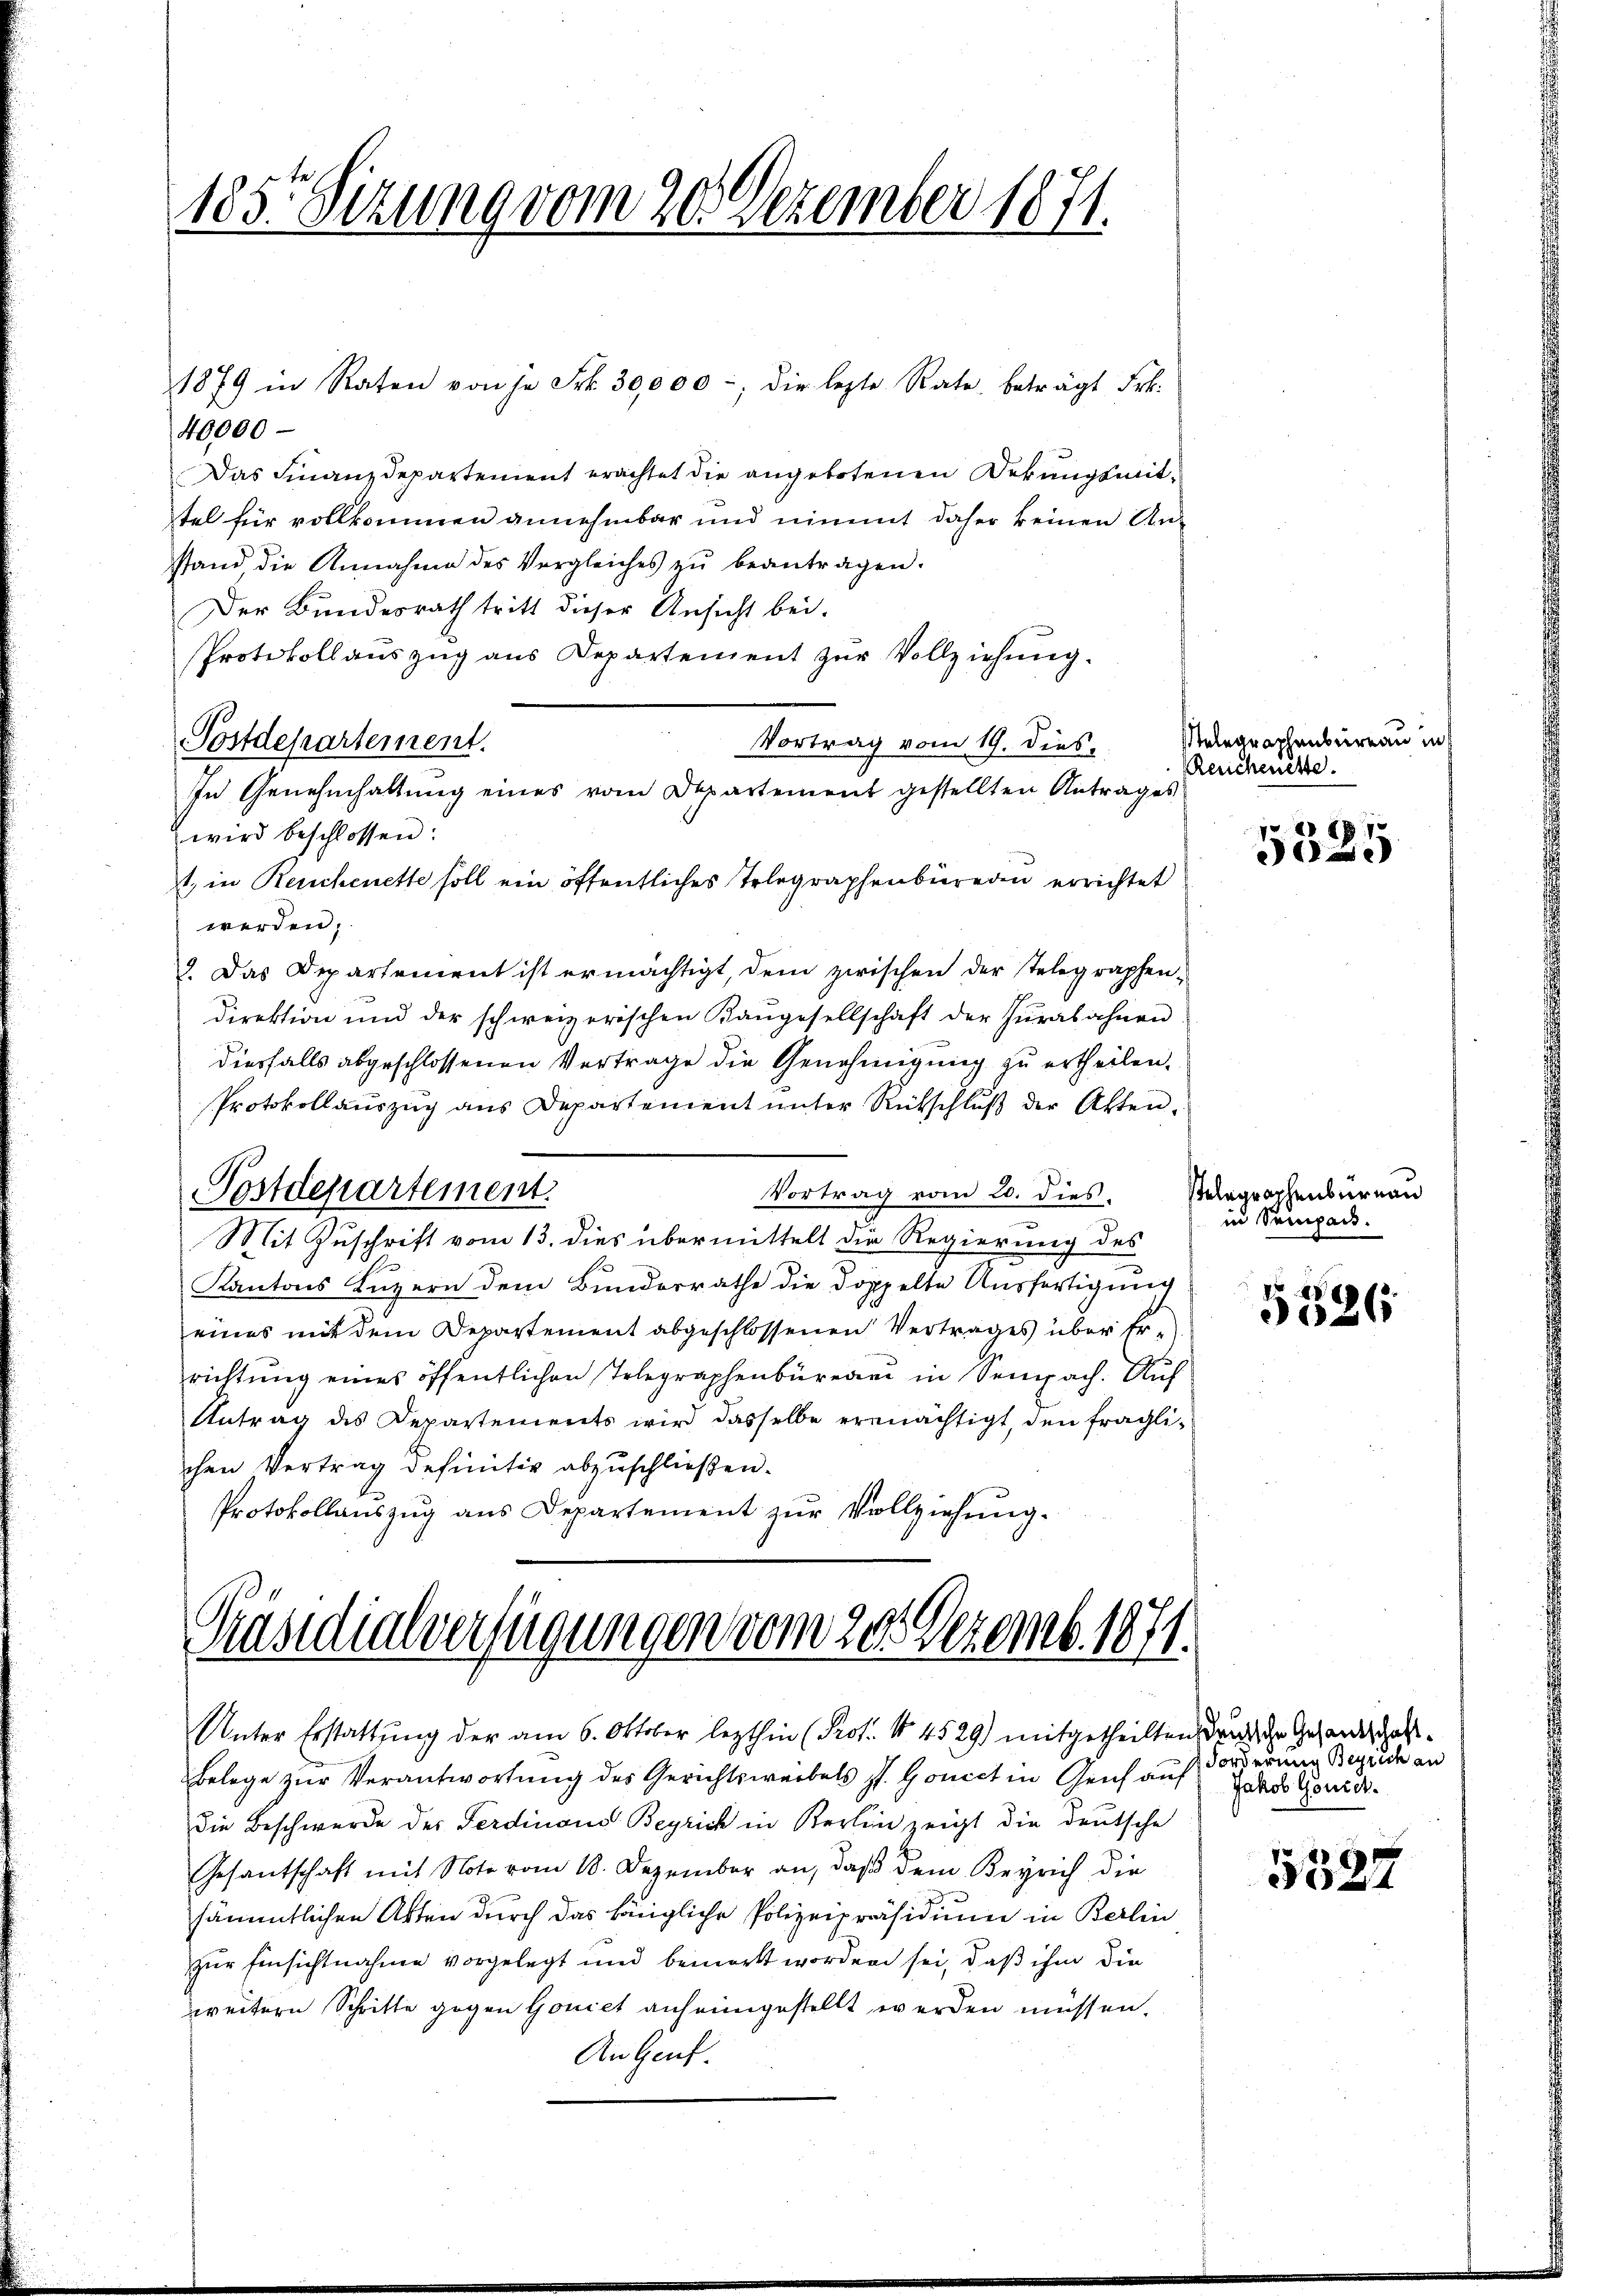
185. Sizung vom 20. Dezember 1871.

1879 in Raten von je Frk. 30,000, die letzte Rate beträgt Frk.
40000
Das Finanzdepartement erachtet die angebotenen Bekangsmittel für vollkommen annehmbar und nimmt daher keinen Anstand die Annahme des Vergleiches zŭ beantragen.
Der Bundesrath tritt dieser Ansicht bei.
Protokollauszug aus Departement zur Vollziehung.
Postdepartement.
Vortrag vom 19. dies
In Genehmhaltung eines vom Departement gestellten Antrages
wird beschlossen:
1, in Reichenette soll ein öffentliches Telegraphenbureau errichtet
werden;
3. Das Departement ist ermächtigt, dem zwischen der Telegraphen-
direktion und der schweizerischen Kangesellschaft der Zŭrasahnen
diesfalls abgeschlossenen Vertrage die Genehmigung zu ertheilen.
Protokollauszug aus Departement unter Rückschluß der Akten.
Vortrag vom 20. dies
Postdepartement.
Mit Zuschrift vom 13. dies übermittelt die Regierung des
Kantons Luzern dem Bunderrathe die doppelte Ausfertigung
eines mit dem Departement abgeschlossenen Vertrages über Errichtung eines öffentlichen Telegraphenbüreau in Sempach. Auf
Antrag des Departements wird dasselbe ermächtigt, den fraglichen Vertrag definitiv abzuschließen.
Protokollauszug aus Departement zŭr Vollziehung.

Präsidialverfügungen vom 20. Dezemb. 1871.

Unter Erstattung der am 6. Oktober lezthin (Prof. No 4529) mitgetheilten wach in Gesandtschafts¬
Belege zur Verantwortung des Gerichtsweibels s. Gonict in Genf auf dass Gond.
die Beschwerde des Ferdinand Begrich in Berlin zeigt die deutsche
Gesantschaft mit Note vom 18. Dezember an, daß dem Beyrich die
sämmtlichen Akten durch das hängliche Polizeipräsidium in Berlin
zur Einsichtnahme vorgelegt und bemerkt worden sei, daß ihm die
weitern Schritte gegen Goniet anheimgestellt werden müssen.
An Genf.

Stelegraphenbureau in
Reichenckte.

18
e

Pelegraphenbürnau
in Sempact.

5526

3
Forderung Zürich an

5327